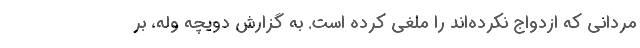
مردانی که ازدواج نکرده‌اند را ملغی کرده است. به گزارش دویچه وله، بر